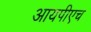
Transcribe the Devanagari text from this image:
आयपीएच